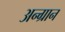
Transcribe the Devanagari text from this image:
अन्ग्रान